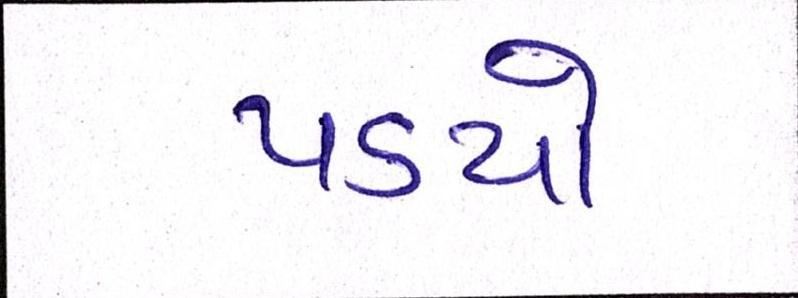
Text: પડયો